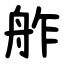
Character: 舴